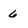
Character: 6